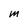
Character: M